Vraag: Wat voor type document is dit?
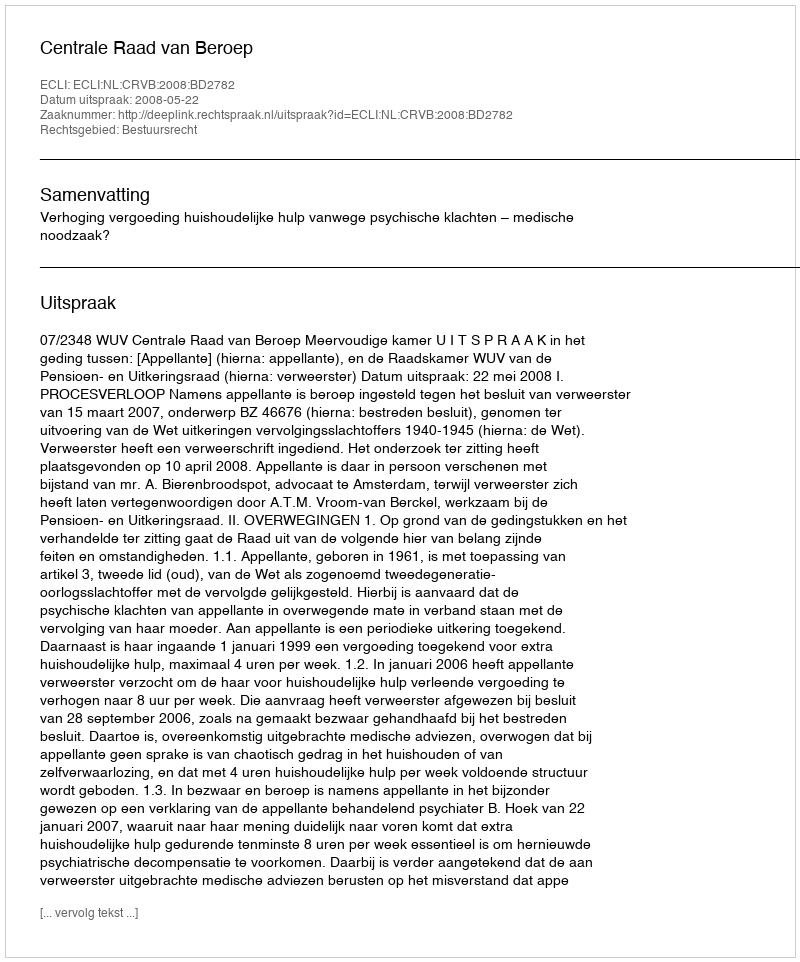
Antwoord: Uitspraak